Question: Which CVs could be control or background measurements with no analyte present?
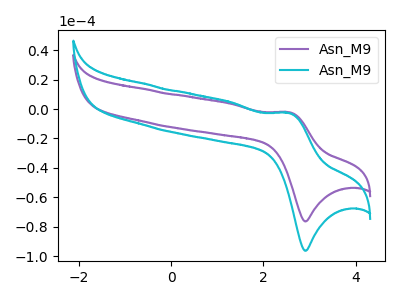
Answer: <think>The purple curve "Asn_M91" has an anodic peak at (2.55V, -2.15uA) and a cathodic peak at (2.90V, -76.45uA). The cyan curve "Asn_M92" has an anodic peak at (2.55V, -2.70uA) and a cathodic peak at (2.90V, -96.40uA).</think>
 <answer>There are not any CV's on this graph that are likely to be blanks.</answer>
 <eval>none</eval>